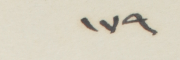
١٧٩